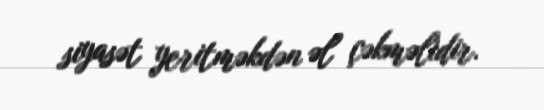
siyasət yeritməkdən əl çəkməlidir.